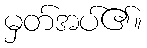
မှတ်အပ်၏။